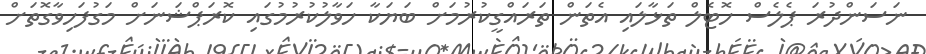
ނަސަންދުރަ ޕެލެސް ހޮޓެލް ތަޅާލައި އެތަން ތަރައްގީކުރުމަށް ބަޔަކާ ހަވާލުކުރުމުގައި ކޮރަޕްޝަނަށް މަގުފަހިވާގޮތަށް